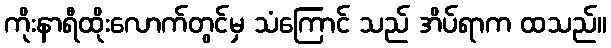
ကိုးနာရီထိုးလောက်တွင်မှ သံကြောင် သည် အိပ်ရာက ထသည်။